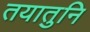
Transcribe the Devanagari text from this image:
तयातुनि